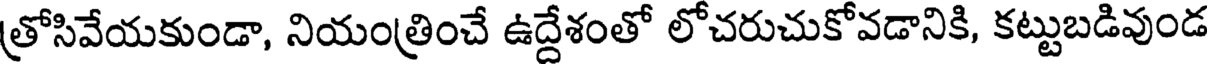
త్రోసివేయకుండా, నియంత్రించే ఉద్దేశంతో లోచరుచుకోవడానికి, కట్టుబడివుండ